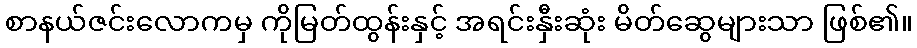
စာနယ်ဇင်းလောကမှ ကိုမြတ်ထွန်းနှင့် အရင်းနှီးဆုံး မိတ်ဆွေများသာ ဖြစ်၏။